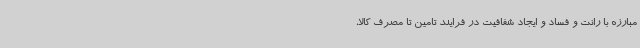
مبارزه با رانت و فساد و ایجاد شفافیت در فرایند تامین تا مصرف کالا،